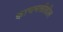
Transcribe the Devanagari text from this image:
काचनळीतील